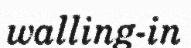
walling-in